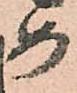
め